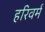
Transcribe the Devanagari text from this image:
हरिवर्म